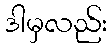
ဒါမှလည်း